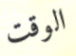
الوقت